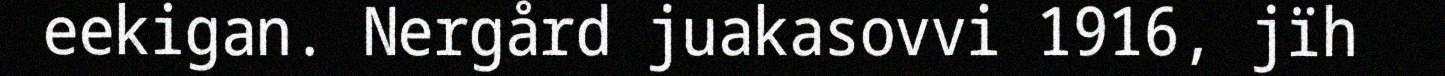
eekigan. Nergård juakasovvi 1916, jïh